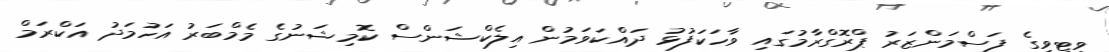
ވީޓީވީގެ ފަސްމަންޒަރު ޕްރޮގްރާމުގައި ވާހަކަފުޅު ދައްކަވަމުން އިލެކްޝަންސް ކޮމިޝަނުގެ މެމްބަރު އަހުމަދު އަކްރަމް